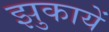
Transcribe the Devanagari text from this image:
झुकायें